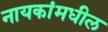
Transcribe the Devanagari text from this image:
नायकांमधील